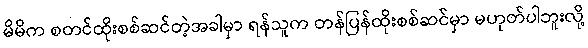
မိမိက စတင်ထိုးစစ်ဆင်တဲ့အခါမှာ ရန်သူက တန်ပြန်ထိုးစစ်ဆင်မှာ မဟုတ်ပါဘူးလို့